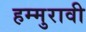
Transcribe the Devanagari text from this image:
हम्मुरावी